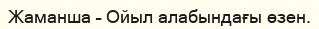
Жаманша – Ойыл алабындағы өзен.